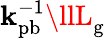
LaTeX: \mathbf{k}_{\mathrm{{pb}}}^{-1}\llL_{\mathrm{{g}}}